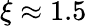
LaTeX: \xi\approx 1.5